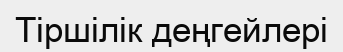
Тіршілік деңгейлері